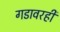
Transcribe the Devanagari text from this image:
गडावरही